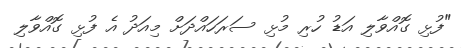
"ފުޅި ގޮއްވާލި އަޑު ހުރި މުޅި ސަރަހައްދަށް މިއަދު އެ ފުޅި ގޮއްވާލި